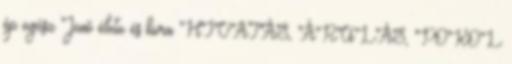
ép egész Jenő élete és kora HIVATÁS, ÁRULÁS, POKOL